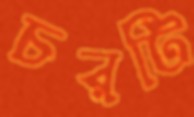
চরটি